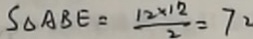
S _ { \Delta A B E } = \frac { 1 2 \times 1 2 } { 2 } = 7 2